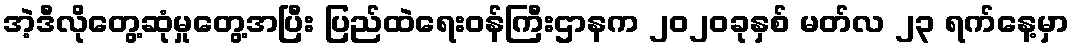
အဲ့ဒီလိုတွေ့ဆုံမှုတွေ့အပြီး ပြည်ထဲရေးဝန်ကြီးဌာနက ၂၀၂၀ခုနှစ် မတ်လ ၂၃ ရက်နေ့မှာ